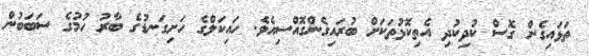
ތަޅައިގެން ގޮސް ކުދިކުދި އެތިކޮޅުތަކަށް ބުރައިގެންގޮއްސިއެވެ. ހައިކަލްގެ ހަށިގަނޑުގެ ބާރު ހުމުގެ ސަބަބުން